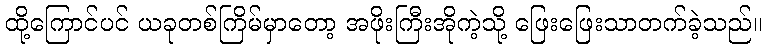
ထို့ကြောင်ပင် ယခုတစ်ကြိမ်မှာတော့ အဖိုးကြီးအိုကဲ့သို့ ဖြေးဖြေးသာတက်ခဲ့သည်။